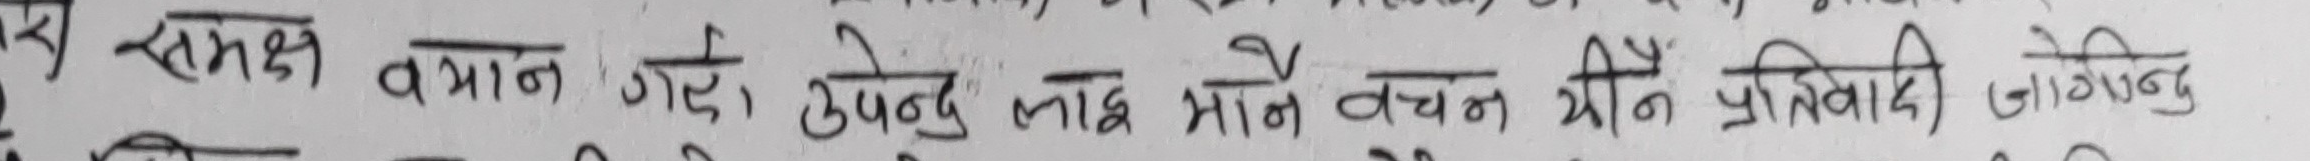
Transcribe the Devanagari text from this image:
समक्ष वयान गरे । उपेन्दु लाइ माने वचन थिऐ प्रतिवादी जोगिन्दु